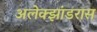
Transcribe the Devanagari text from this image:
अलेक्झांडरास